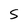
Character: S